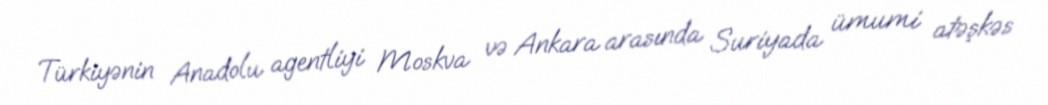
Türkiyənin Anadolu agentliyi Moskva və Ankara arasında Suriyada ümumi atəşkəs